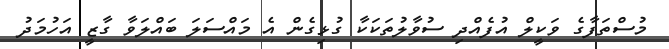
މުސްތަފާގެ ވަކީލް އުފެއްދި ސުވާލުތަކަކާ ގުޅިގެން އެ މައްސަލަ ބައްލަވާ ގާޒީ އަހުމަދު